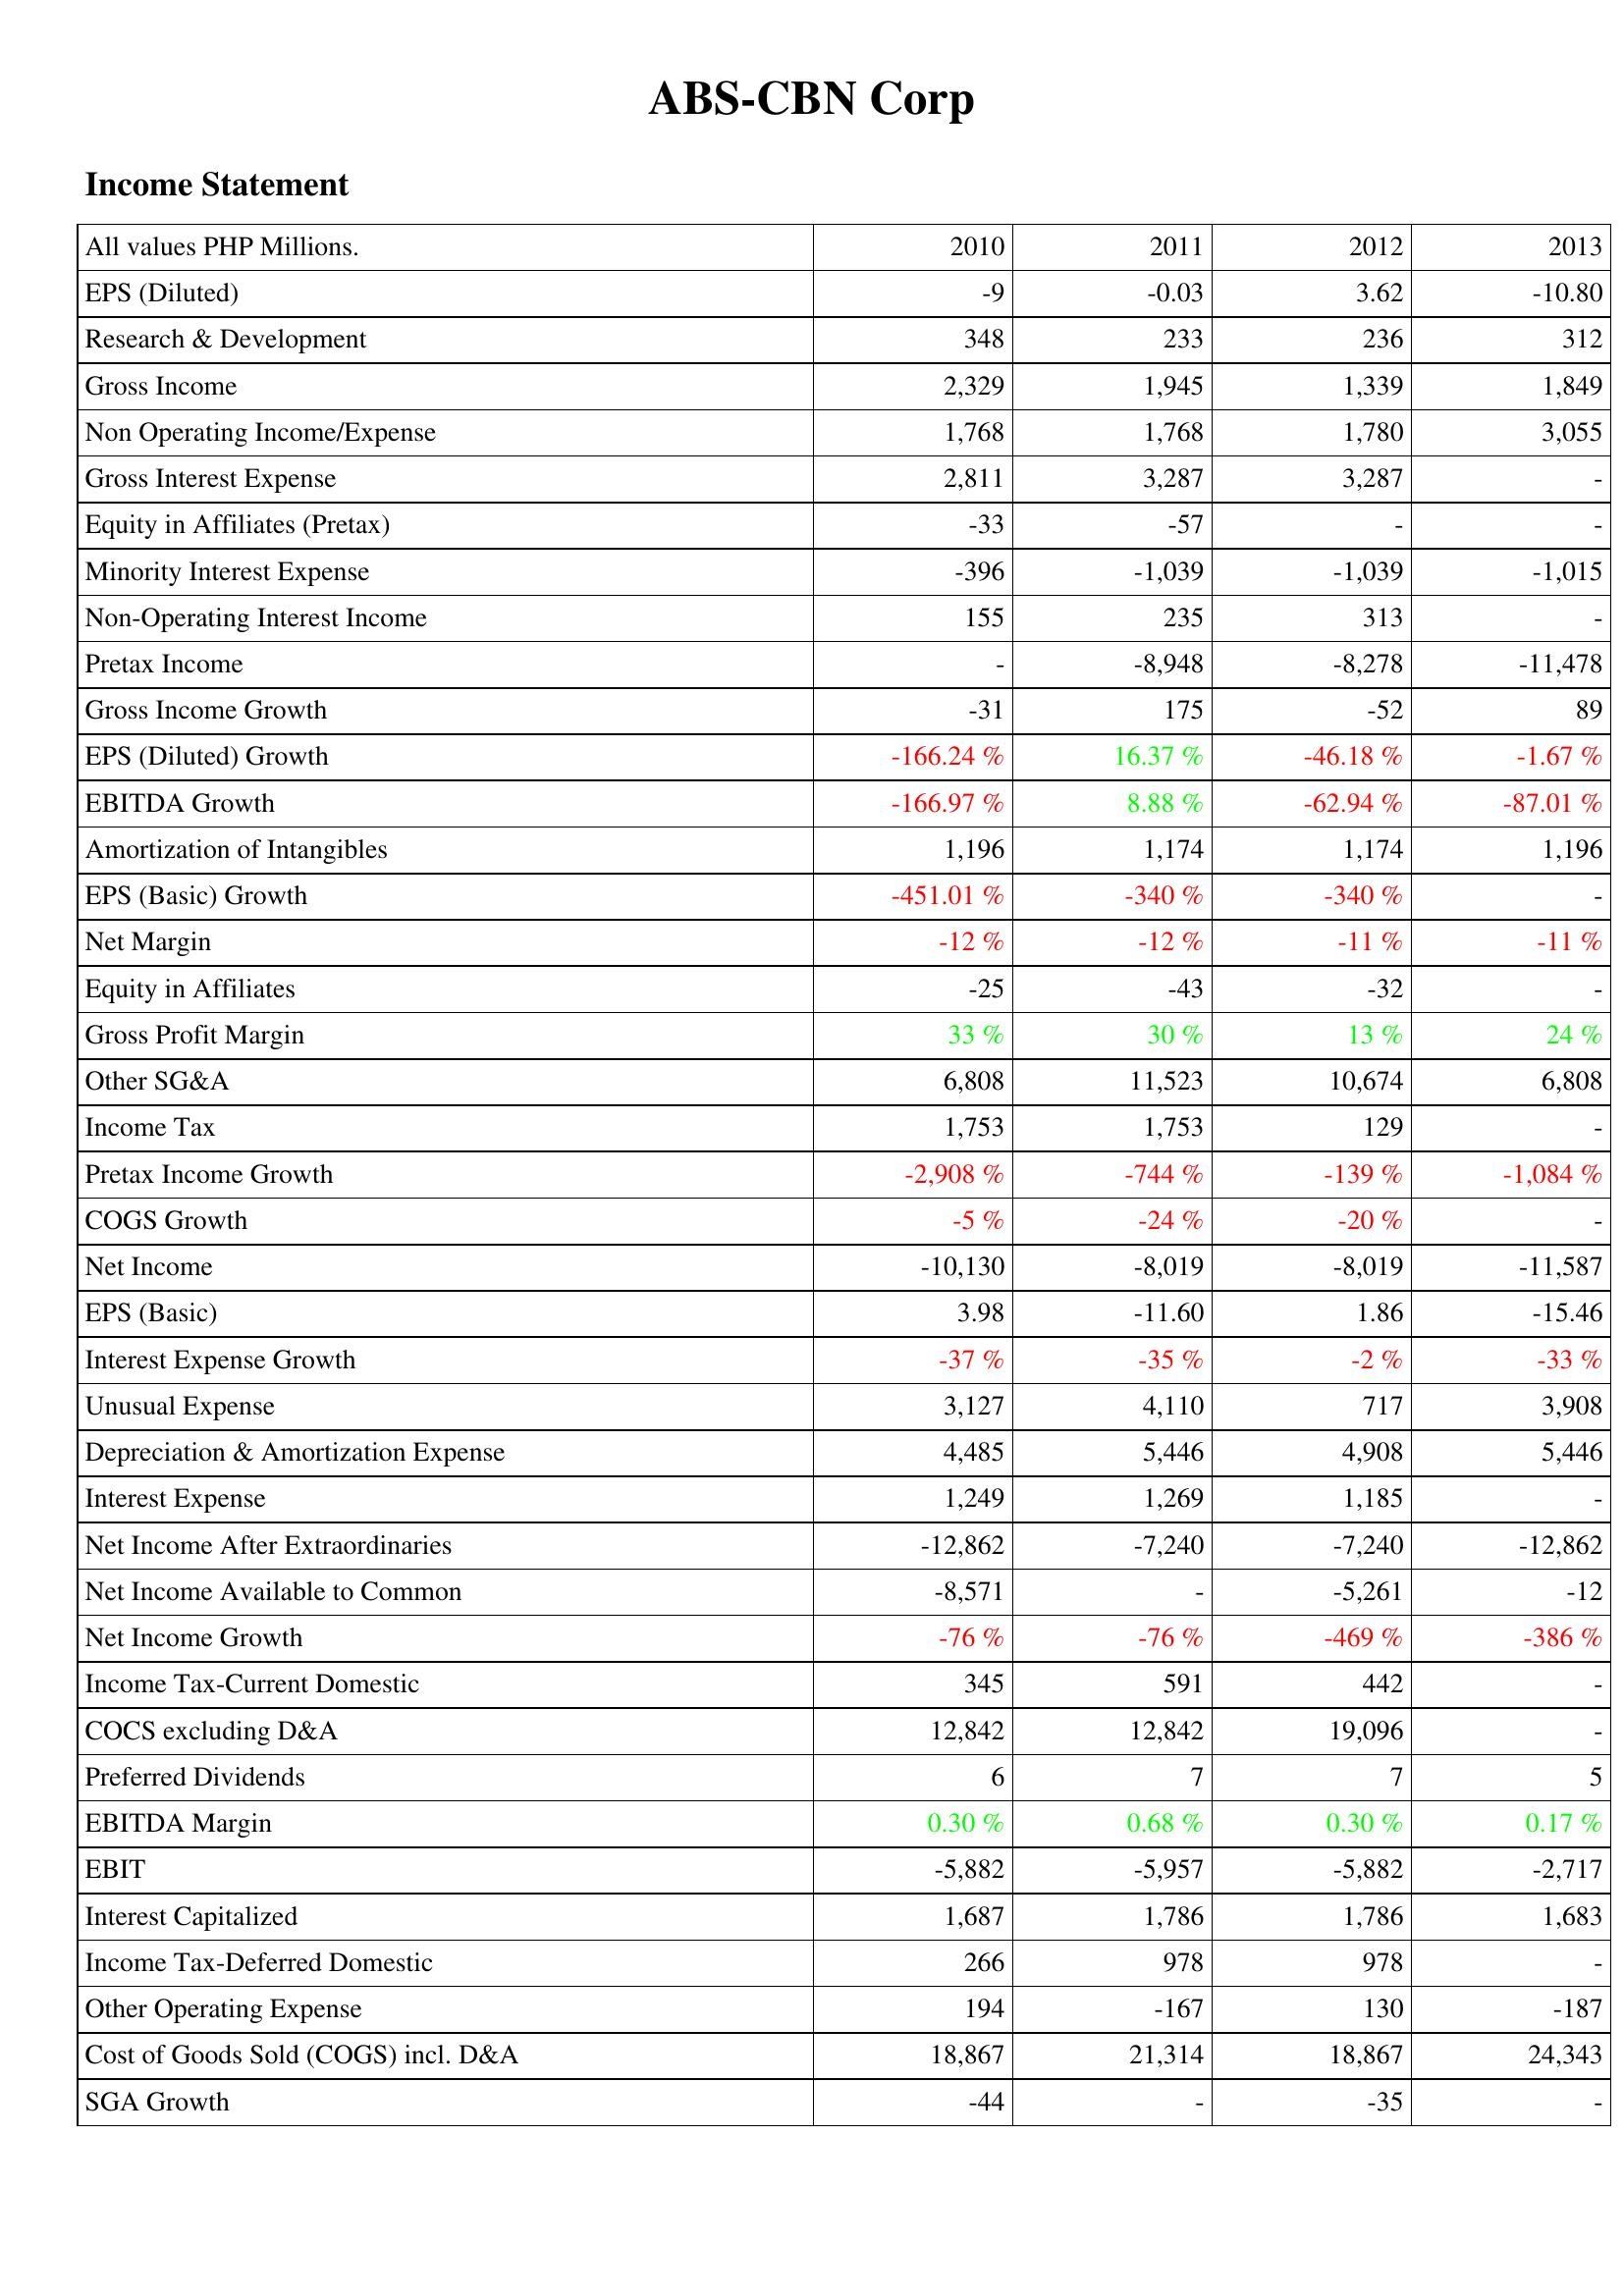
2010: Income Statement: EPS (Diluted): -9
Research & Development: 348
Gross Income: 2,329
Non Operating Income/Expense: 1,768
Gross Interest Expense: 2,811
Equity in Affiliates (Pretax): -33
Minority Interest Expense: -396
Non-Operating Interest Income: 155
Pretax Income: -
Gross Income Growth: -31
EPS (Diluted) Growth: -166.24 %
EBITDA Growth: -166.97 %
Amortization of Intangibles: 1,196
EPS (Basic) Growth: -451.01 %
Net Margin: -12 %
Equity in Affiliates: -25
Gross Profit Margin: 33 %
Other SG&A: 6,808
Income Tax: 1,753
Pretax Income Growth: -2,908 %
COGS Growth: -5 %
Net Income: -10,130
EPS (Basic): 3.98
Interest Expense Growth: -37 %
Unusual Expense: 3,127
Depreciation & Amortization Expense: 4,485
Interest Expense: 1,249
Net Income After Extraordinaries: -12,862
Net Income Available to Common: -8,571
Net Income Growth: -76 %
Income Tax-Current Domestic: 345
COCS excluding D&A: 12,842
Preferred Dividends: 6
EBITDA Margin: 0.30 %
EBIT: -5,882
Interest Capitalized: 1,687
Income Tax-Deferred Domestic: 266
Other Operating Expense: 194
Cost of Goods Sold (COGS) incl. D&A: 18,867
SGA Growth: -44
2011: Income Statement: EPS (Diluted): -0.03
Research & Development: 233
Gross Income: 1,945
Non Operating Income/Expense: 1,768
Gross Interest Expense: 3,287
Equity in Affiliates (Pretax): -57
Minority Interest Expense: -1,039
Non-Operating Interest Income: 235
Pretax Income: -8,948
Gross Income Growth: 175
EPS (Diluted) Growth: 16.37 %
EBITDA Growth: 8.88 %
Amortization of Intangibles: 1,174
EPS (Basic) Growth: -340 %
Net Margin: -12 %
Equity in Affiliates: -43
Gross Profit Margin: 30 %
Other SG&A: 11,523
Income Tax: 1,753
Pretax Income Growth: -744 %
COGS Growth: -24 %
Net Income: -8,019
EPS (Basic): -11.60
Interest Expense Growth: -35 %
Unusual Expense: 4,110
Depreciation & Amortization Expense: 5,446
Interest Expense: 1,269
Net Income After Extraordinaries: -7,240
Net Income Available to Common: -
Net Income Growth: -76 %
Income Tax-Current Domestic: 591
COCS excluding D&A: 12,842
Preferred Dividends: 7
EBITDA Margin: 0.68 %
EBIT: -5,957
Interest Capitalized: 1,786
Income Tax-Deferred Domestic: 978
Other Operating Expense: -167
Cost of Goods Sold (COGS) incl. D&A: 21,314
SGA Growth: -
2012: Income Statement: EPS (Diluted): 3.62
Research & Development: 236
Gross Income: 1,339
Non Operating Income/Expense: 1,780
Gross Interest Expense: 3,287
Equity in Affiliates (Pretax): -
Minority Interest Expense: -1,039
Non-Operating Interest Income: 313
Pretax Income: -8,278
Gross Income Growth: -52
EPS (Diluted) Growth: -46.18 %
EBITDA Growth: -62.94 %
Amortization of Intangibles: 1,174
EPS (Basic) Growth: -340 %
Net Margin: -11 %
Equity in Affiliates: -32
Gross Profit Margin: 13 %
Other SG&A: 10,674
Income Tax: 129
Pretax Income Growth: -139 %
COGS Growth: -20 %
Net Income: -8,019
EPS (Basic): 1.86
Interest Expense Growth: -2 %
Unusual Expense: 717
Depreciation & Amortization Expense: 4,908
Interest Expense: 1,185
Net Income After Extraordinaries: -7,240
Net Income Available to Common: -5,261
Net Income Growth: -469 %
Income Tax-Current Domestic: 442
COCS excluding D&A: 19,096
Preferred Dividends: 7
EBITDA Margin: 0.30 %
EBIT: -5,882
Interest Capitalized: 1,786
Income Tax-Deferred Domestic: 978
Other Operating Expense: 130
Cost of Goods Sold (COGS) incl. D&A: 18,867
SGA Growth: -35
2013: Income Statement: EPS (Diluted): -10.80
Research & Development: 312
Gross Income: 1,849
Non Operating Income/Expense: 3,055
Gross Interest Expense: -
Equity in Affiliates (Pretax): -
Minority Interest Expense: -1,015
Non-Operating Interest Income: -
Pretax Income: -11,478
Gross Income Growth: 89
EPS (Diluted) Growth: -1.67 %
EBITDA Growth: -87.01 %
Amortization of Intangibles: 1,196
EPS (Basic) Growth: -
Net Margin: -11 %
Equity in Affiliates: -
Gross Profit Margin: 24 %
Other SG&A: 6,808
Income Tax: -
Pretax Income Growth: -1,084 %
COGS Growth: -
Net Income: -11,587
EPS (Basic): -15.46
Interest Expense Growth: -33 %
Unusual Expense: 3,908
Depreciation & Amortization Expense: 5,446
Interest Expense: -
Net Income After Extraordinaries: -12,862
Net Income Available to Common: -12
Net Income Growth: -386 %
Income Tax-Current Domestic: -
COCS excluding D&A: -
Preferred Dividends: 5
EBITDA Margin: 0.17 %
EBIT: -2,717
Interest Capitalized: 1,683
Income Tax-Deferred Domestic: -
Other Operating Expense: -187
Cost of Goods Sold (COGS) incl. D&A: 24,343
SGA Growth: -